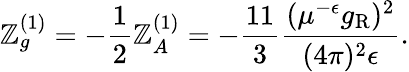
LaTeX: \mathbb{Z}_{g}^{(1)}=-\frac{1}{2}\mathbb{Z}_{A}^{(1)}=-\frac{{11}}{3}\frac{{(\mu^{-\epsilon}g_{\mathrm{{R}}})^{2}}}{{(4\pi)^{2}\epsilon}}.